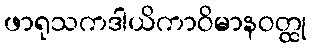
ဖာရုသကဒါယိကာဝိမာနဝတ္ထု